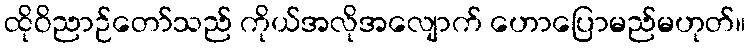
ထိုဝိညာဉ်တော်သည် ကိုယ်အလိုအလျောက် ဟောပြောမည်မဟုတ်။